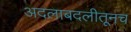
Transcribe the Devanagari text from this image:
अदलाबदलीतूनच